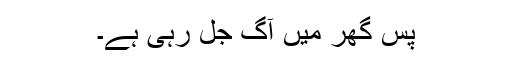
پس گھر میں آگ جل رہی ہے۔